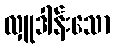
လှူဒါန်းသော